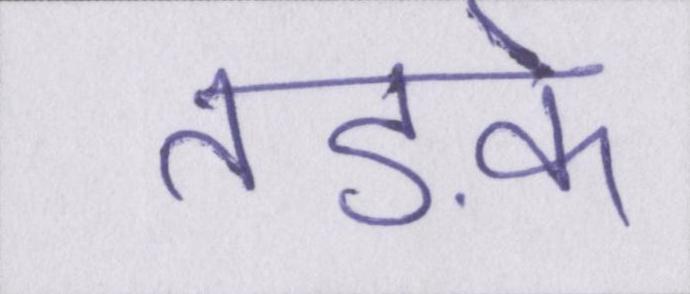
तड़के